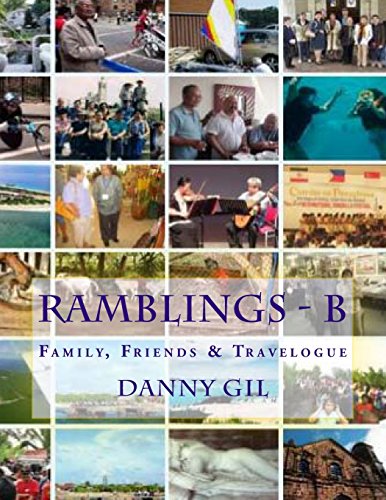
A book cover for Ramblings - B; Danny Gil; Parenting & Relationships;